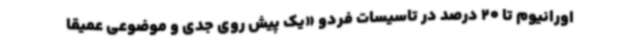
اورانیوم تا 20 درصد در تاسیسات فردو «یک پیش روی جدی و موضوعی عمیقا